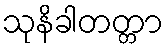
သုနိခါတတ္တာ